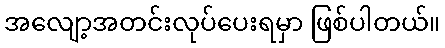
အလျော့အတင်းလုပ်ပေးရမှာ ဖြစ်ပါတယ်။